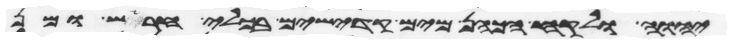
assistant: יהוה ולקח הכהן מים קדישים בכלי חרש ומן